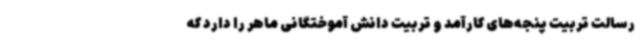
رسالت تربیت پنجه‌های کارآمد و تربیت دانش آموختگانی ماهر را دارد که